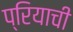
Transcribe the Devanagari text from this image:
प्रियाची